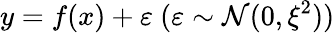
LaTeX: y=f(x)+\varepsilon\ (\varepsilon\sim\mathcal{N}(0,\xi^{2}))